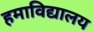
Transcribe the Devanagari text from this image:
हमाविद्यालय